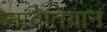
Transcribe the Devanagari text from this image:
नाबातेयान